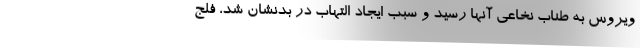
ویروس به طناب نخاعی آنها رسید و سبب ایجاد التهاب در بدنشان شد، فلج